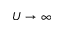
U \to \infty